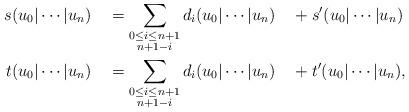
LaTeX: \begin{align*}s(u_0\vert\cdots\vert u_n) &\quad= \sum_{\substack{0\leq i\leq n+1 \\ n+1-i }}d_i(u_0\vert\cdots\vert u_n) \quad+s'(u_0\vert\cdots\vert u_n) \\t(u_0\vert\cdots\vert u_n) &\quad= \sum_{\substack{0\leq i\leq n+1 \\ n+1-i }}d_i(u_0\vert\cdots\vert u_n) \quad+t'(u_0\vert\cdots\vert u_n),\end{align*}